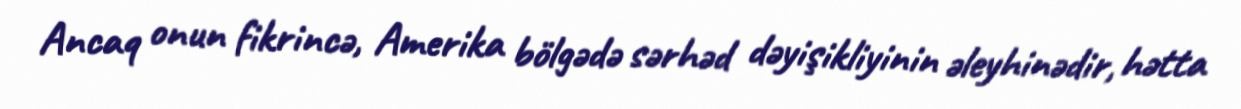
Ancaq onun fikrincə, Amerika bölgədə sərhəd dəyişikliyinin əleyhinədir, hətta